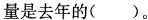
量是去年的()。